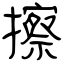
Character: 擦